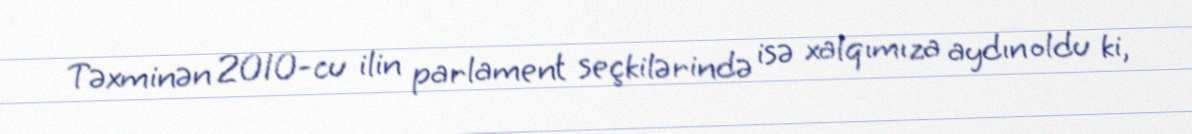
Təxminən 2010-cu ilin parlament seçkilərində isə xalqımıza aydın oldu ki,